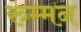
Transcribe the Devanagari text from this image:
रुम्मन